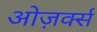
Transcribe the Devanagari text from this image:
ओज़र्क्स